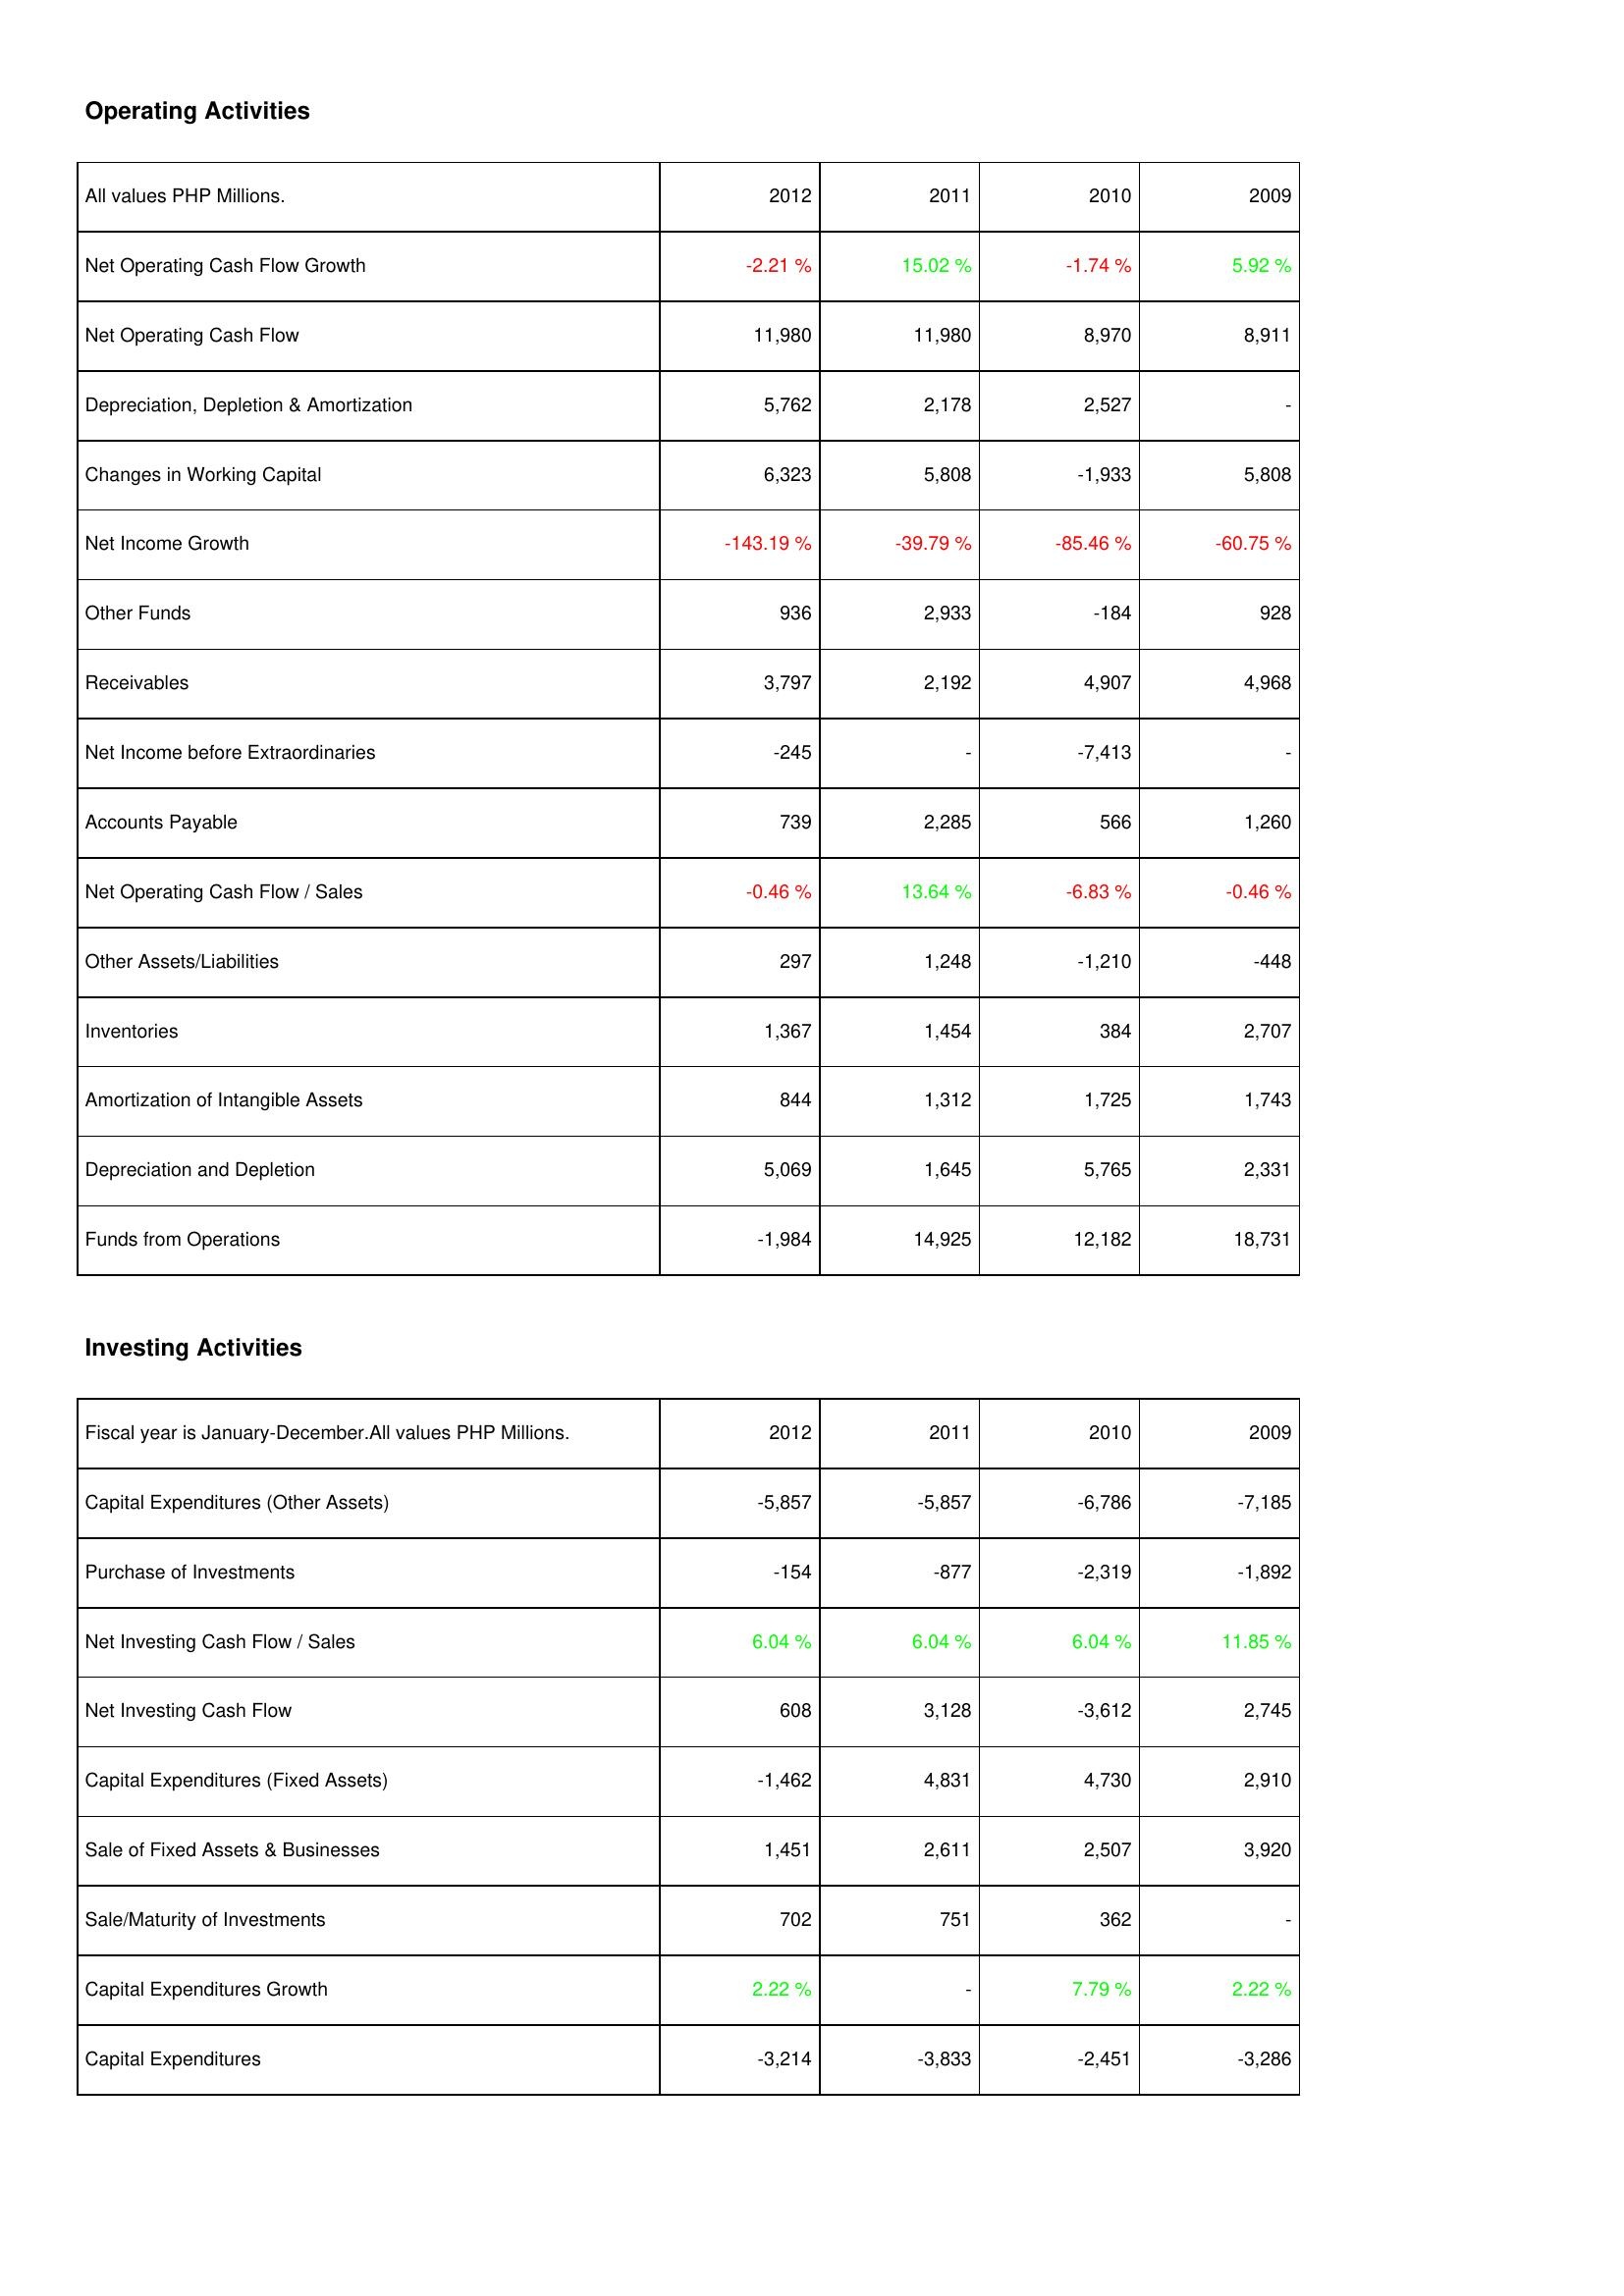
2012: Operating Activities: Net Operating Cash Flow Growth: -2.21 %
Net Operating Cash Flow: 11,980
Depreciation, Depletion & Amortization: 5,762
Changes in Working Capital: 6,323
Net Income Growth: -143.19 %
Other Funds: 936
Receivables: 3,797
Net Income before Extraordinaries: -245
Accounts Payable: 739
Net Operating Cash Flow / Sales: -0.46 %
Other Assets/Liabilities: 297
Inventories: 1,367
Amortization of Intangible Assets: 844
Depreciation and Depletion: 5,069
Funds from Operations: -1,984
Investing Activities: Capital Expenditures (Other Assets): -5,857
Purchase of Investments: -154
Net Investing Cash Flow / Sales: 6.04 %
Net Investing Cash Flow: 608
Capital Expenditures (Fixed Assets): -1,462
Sale of Fixed Assets & Businesses: 1,451
Sale/Maturity of Investments: 702
Capital Expenditures Growth: 2.22 %
Capital Expenditures: -3,214
2011: Operating Activities: Net Operating Cash Flow Growth: 15.02 %
Net Operating Cash Flow: 11,980
Depreciation, Depletion & Amortization: 2,178
Changes in Working Capital: 5,808
Net Income Growth: -39.79 %
Other Funds: 2,933
Receivables: 2,192
Net Income before Extraordinaries: -
Accounts Payable: 2,285
Net Operating Cash Flow / Sales: 13.64 %
Other Assets/Liabilities: 1,248
Inventories: 1,454
Amortization of Intangible Assets: 1,312
Depreciation and Depletion: 1,645
Funds from Operations: 14,925
Investing Activities: Capital Expenditures (Other Assets): -5,857
Purchase of Investments: -877
Net Investing Cash Flow / Sales: 6.04 %
Net Investing Cash Flow: 3,128
Capital Expenditures (Fixed Assets): 4,831
Sale of Fixed Assets & Businesses: 2,611
Sale/Maturity of Investments: 751
Capital Expenditures Growth: -
Capital Expenditures: -3,833
2010: Operating Activities: Net Operating Cash Flow Growth: -1.74 %
Net Operating Cash Flow: 8,970
Depreciation, Depletion & Amortization: 2,527
Changes in Working Capital: -1,933
Net Income Growth: -85.46 %
Other Funds: -184
Receivables: 4,907
Net Income before Extraordinaries: -7,413
Accounts Payable: 566
Net Operating Cash Flow / Sales: -6.83 %
Other Assets/Liabilities: -1,210
Inventories: 384
Amortization of Intangible Assets: 1,725
Depreciation and Depletion: 5,765
Funds from Operations: 12,182
Investing Activities: Capital Expenditures (Other Assets): -6,786
Purchase of Investments: -2,319
Net Investing Cash Flow / Sales: 6.04 %
Net Investing Cash Flow: -3,612
Capital Expenditures (Fixed Assets): 4,730
Sale of Fixed Assets & Businesses: 2,507
Sale/Maturity of Investments: 362
Capital Expenditures Growth: 7.79 %
Capital Expenditures: -2,451
2009: Operating Activities: Net Operating Cash Flow Growth: 5.92 %
Net Operating Cash Flow: 8,911
Depreciation, Depletion & Amortization: -
Changes in Working Capital: 5,808
Net Income Growth: -60.75 %
Other Funds: 928
Receivables: 4,968
Net Income before Extraordinaries: -
Accounts Payable: 1,260
Net Operating Cash Flow / Sales: -0.46 %
Other Assets/Liabilities: -448
Inventories: 2,707
Amortization of Intangible Assets: 1,743
Depreciation and Depletion: 2,331
Funds from Operations: 18,731
Investing Activities: Capital Expenditures (Other Assets): -7,185
Purchase of Investments: -1,892
Net Investing Cash Flow / Sales: 11.85 %
Net Investing Cash Flow: 2,745
Capital Expenditures (Fixed Assets): 2,910
Sale of Fixed Assets & Businesses: 3,920
Sale/Maturity of Investments: -
Capital Expenditures Growth: 2.22 %
Capital Expenditures: -3,286